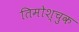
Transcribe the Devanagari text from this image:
तिमोश्चुक